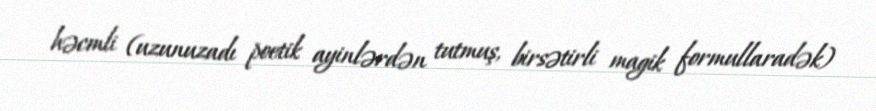
həcmli (uzunuzadı poetik ayinlərdən tutmuş, birsətirli magik formullaradək)